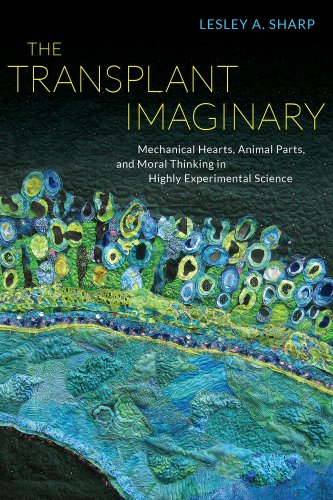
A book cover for The Transplant Imaginary: Mechanical Hearts, Animal Parts, and Moral Thinking in Highly Experimental Science; Lesley A. Sharp; Health, Fitness & Dieting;